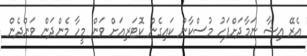
އެރޭ އިޝާ ނަމާދަށްފަހު މުސްކާން ކައިގެން ކޮޓަރިއަށް ވަން މީހާ މެންދަން ވަންދެން